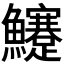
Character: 𩽜